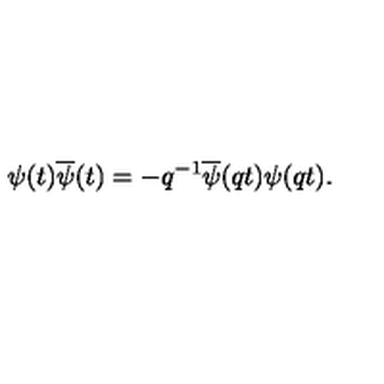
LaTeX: \psi ( t ) \overline { { \psi } } ( t ) = - q ^ { - 1 } \overline { { \psi } } ( q t ) \psi ( q t ) .